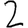
Digit: 2